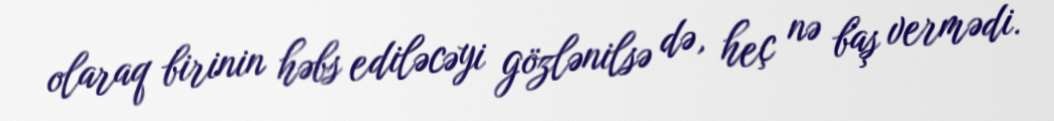
olaraq birinin həbs ediləcəyi gözlənilsə də, heç nə baş vermədi.